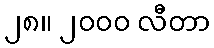
၂၈။ ၂၀၀၀ လီတာ